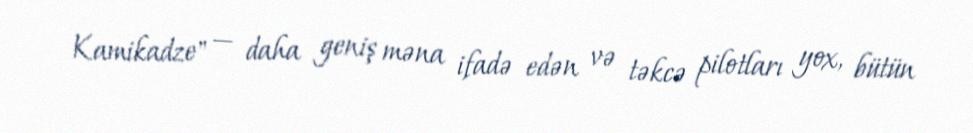
Kamikadze" — daha geniş məna ifadə edən və təkcə pilotları yox, bütün